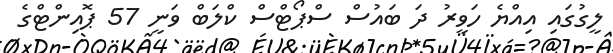
ލީގުގައި އިއްޔެ ހަވީރު ދަ ބައުސް ސްޕޯޓްސް ކްލަބް ވަނީ 57 ޕޮޮއިންޓްގެ